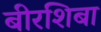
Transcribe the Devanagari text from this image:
बीरशिबा